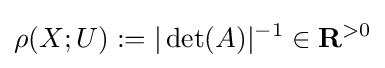
\rho (X;U):=|\det(A)|^{-1}\in \mathbf {R} ^{>0}